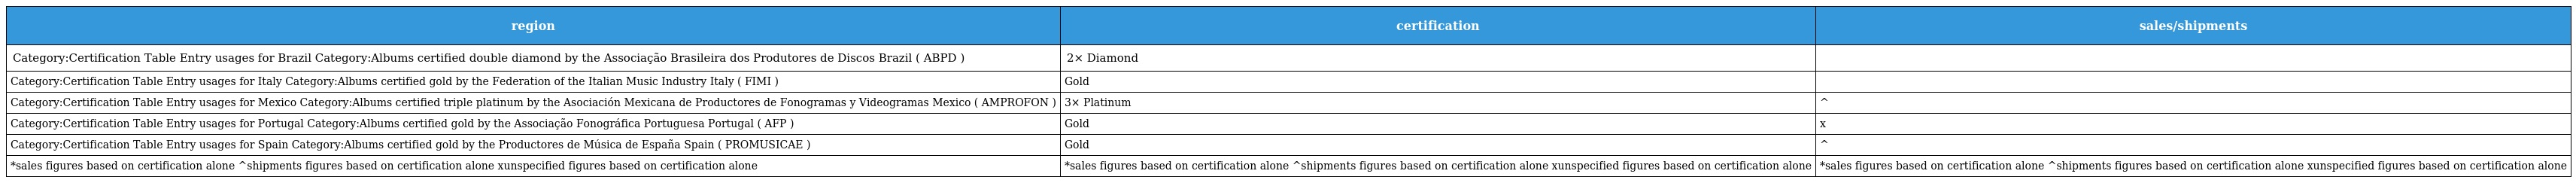
| region | certification | sales/shipments |
 | --- | --- | --- |
 | Category:Certification Table Entry usages for Brazil Category:Albums certified double diamond by the Associação Brasileira dos Produtores de Discos Brazil ( ABPD ) | 2× Diamond |  |
 | Category:Certification Table Entry usages for Italy Category:Albums certified gold by the Federation of the Italian Music Industry Italy ( FIMI ) | Gold |  |
 | Category:Certification Table Entry usages for Mexico Category:Albums certified triple platinum by the Asociación Mexicana de Productores de Fonogramas y Videogramas Mexico ( AMPROFON ) | 3× Platinum | ^ |
 | Category:Certification Table Entry usages for Portugal Category:Albums certified gold by the Associação Fonográfica Portuguesa Portugal ( AFP ) | Gold | x |
 | Category:Certification Table Entry usages for Spain Category:Albums certified gold by the Productores de Música de España Spain ( PROMUSICAE ) | Gold | ^ |
 | *sales figures based on certification alone ^shipments figures based on certification alone xunspecified figures based on certification alone | *sales figures based on certification alone ^shipments figures based on certification alone xunspecified figures based on certification alone | *sales figures based on certification alone ^shipments figures based on certification alone xunspecified figures based on certification alone |